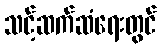
သင့်ဆက်ဆံရေးတွင်